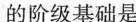
的阶级基础是